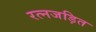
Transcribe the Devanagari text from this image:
रत्नजड़ित